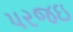
પરજઇ